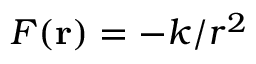
F ( \mathbf { r } ) = - k / r ^ { 2 }